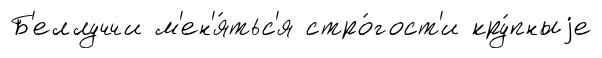
Б'еллуччи м'ен'я́тьс'я стро́гост'и кру́пныjе